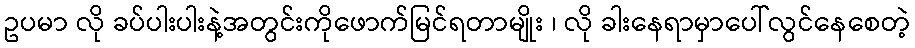
ဥပမာ လို ခပ်ပါးပါးနဲ့အတွင်းကိုဖောက်မြင်ရတာမျိုး ၊ လို ခါးနေရာမှာပေါ်လွင်နေစေတဲ့